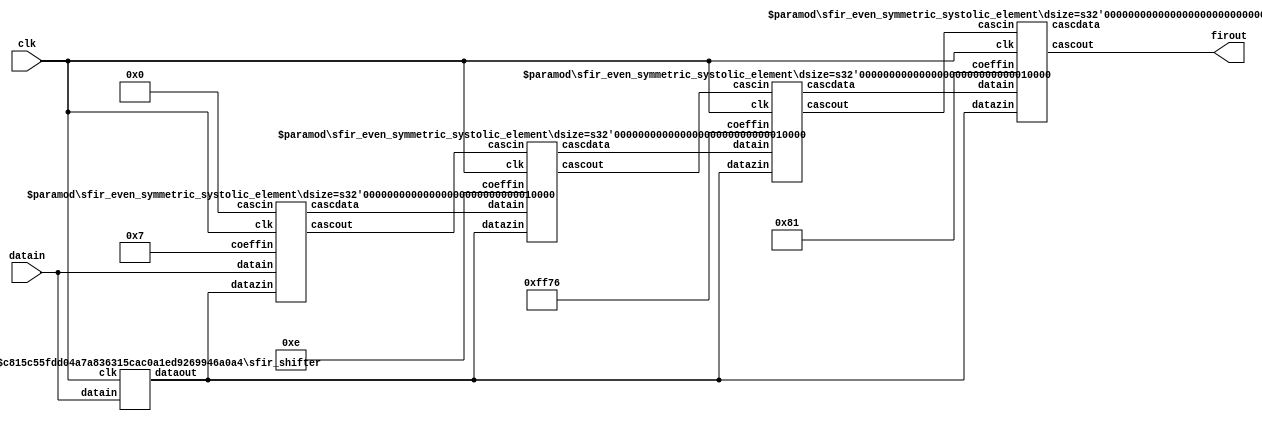
// 8-Tap Even Symmetric Systolic FIR
//
// Source:
// https://www.xilinx.com/support/documentation/sw_manuals/xilinx2014_2/ug901-vivado-synthesis.pdf p.93
//
(* top *)
module ug901b #(parameter nbtap = 4, dsize = 16, psize = 2*dsize) (
input clk, 
input signed [dsize-1:0] datain, 
output signed [2*dsize-1:0] firout
);
wire signed [dsize-1:0] h [nbtap-1:0];
wire signed [dsize-1:0] arraydata [nbtap-1:0];
wire signed [psize-1:0] arrayprod [nbtap-1:0];
wire signed [dsize-1:0] shifterout;
reg signed [dsize-1:0] dataz [nbtap-1:0];

assign h[0] = 7;
assign h[1] = 14;
assign h[2] = -138;
assign h[3] = 129;

assign firout = arrayprod[nbtap-1]; // Connect last product to output

sfir_shifter #(dsize, nbtap) shifter_inst0 (
	clk,
	datain,
	shifterout);

generate
	genvar I;
	for (I=0; I<nbtap; I=I+1)
		if (I==0)
			sfir_even_symmetric_systolic_element #(dsize) fte_inst0 (
				clk,
				h[I],
                datain,
                shifterout,
                {32{1'b0}},
                arraydata[I],
				arrayprod[I]);
		else
			sfir_even_symmetric_systolic_element #(dsize) fte_inst (
                clk,
                h[I],
                arraydata[I-1],
                shifterout,
                arrayprod[I-1],
                arraydata[I],
                arrayprod[I]);
	endgenerate
endmodule

(* gentb_skip *) // Prevents Yosys' test_autotb from operating on this module
(* dont_touch = "yes" *)
module sfir_shifter #(parameter dsize = 16, nbtap = 4) (
     input clk, 
     input [dsize-1:0] datain, 
     output [dsize-1:0] dataout
);
(* srl_style = "srl_register" *) reg [dsize-1:0] tmp [0:2*nbtap-1];
integer i;
always @(posedge clk)
begin
    tmp[0] <= datain;
    for (i=0; i<=2*nbtap-2; i=i+1)
        tmp[i+1] <= tmp[i];
end
assign dataout = tmp[2*nbtap-1];
endmodule

(* gentb_skip *) // Prevents Yosys' test_autotb from operating on this module
module sfir_even_symmetric_systolic_element #(parameter dsize = 16) (
    input clk, 
    input signed [dsize-1:0] coeffin, datain, datazin,
    input signed [2*dsize-1:0] cascin,
    output signed [dsize-1:0] cascdata,
    output reg signed [2*dsize-1:0] cascout
);
reg signed [dsize-1:0] coeff;
reg signed [dsize-1:0] data;
reg signed [dsize-1:0] dataz;
reg signed [dsize-1:0] datatwo;
reg signed [dsize:0] preadd;
reg signed [2*dsize-1:0] product;
assign cascdata = datatwo;

always @(posedge clk)
begin
    coeff <= coeffin;
    data <= datain;
    datatwo <= data;
    dataz <= datazin;
    preadd <= datatwo + dataz;
    product <= preadd * coeff;
    cascout <= product + cascin;
end

endmodule

`ifndef _AUTOTB
module __test ;
    wire [4095:0] assert_area = "cd ug901b; flatten; select t:DSP48E1 -assert-count 4; select t:FDRE -assert-count 128; select t:SRL16E -assert-count 16; select -assert-none t:DSP48E1 t:BUFG t:FDRE t:SRL16E %% t:* %D";
endmodule
`endif